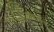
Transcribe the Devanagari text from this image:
दादाभाईंचे